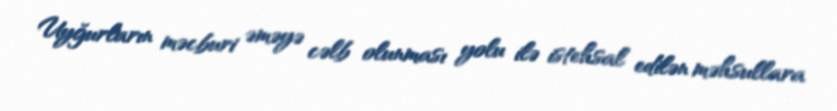
Uyğurların məcburi əməyə cəlb olunması yolu ilə istehsal edilən məhsullara